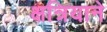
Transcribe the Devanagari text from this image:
क्षत्रियाने